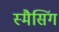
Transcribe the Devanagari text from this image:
स्मैसिंग